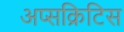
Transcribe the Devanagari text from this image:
अप्सक्रिटिस